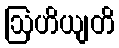
ဩဟိယျတိ